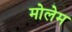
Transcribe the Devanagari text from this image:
मोलेम